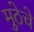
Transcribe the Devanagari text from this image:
मुठेचे